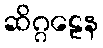
ဆိဂ္ဂဠေန